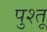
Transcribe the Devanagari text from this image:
पुश्‍तू